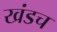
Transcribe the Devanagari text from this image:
खंडच